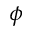
\phi